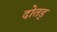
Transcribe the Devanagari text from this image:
दोतड्